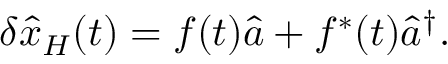
\delta \hat { x } _ { H } ( t ) = f ( t ) \hat { a } + f ^ { * } ( t ) \hat { a } ^ { \dagger } .